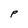
Character: P